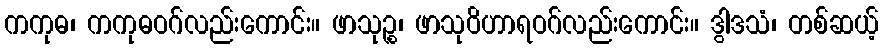
ကကုဓ၊ ကကုဓဝဂ်လည်းကောင်း။ ဖာသုဉ္စ၊ ဖာသုဝိဟာရဝဂ်လည်းကောင်း။ ဒွါဒသံ၊ တစ်ဆယ့်